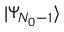
| \Psi _ { N _ { 0 } - 1 } \rangle